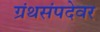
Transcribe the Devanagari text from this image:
ग्रंथसंपदेवर